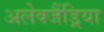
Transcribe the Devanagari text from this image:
अलेक्जैंड्रिया